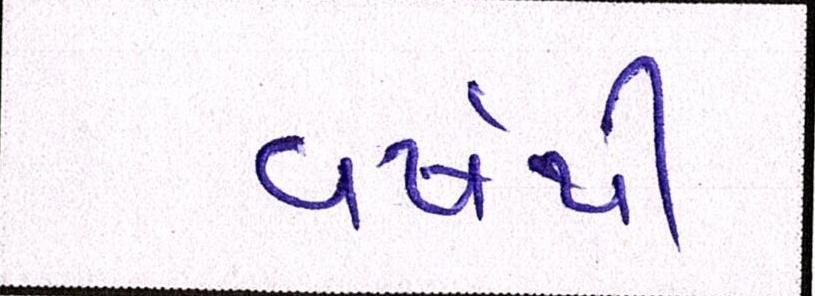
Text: વર્ષથી